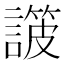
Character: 𧫸